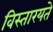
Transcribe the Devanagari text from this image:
विस्तारयते